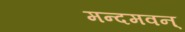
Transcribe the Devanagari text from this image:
मन्दमवन्